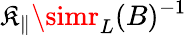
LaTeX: \mathfrak{K}_{\parallel}\simr_{L}(B)^{-1}